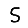
Digit: 5